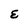
Character: E